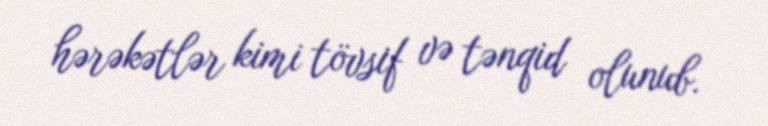
hərəkətlər kimi tövsif və tənqid olunub.